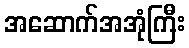
အဆောက်အအုံကြီး